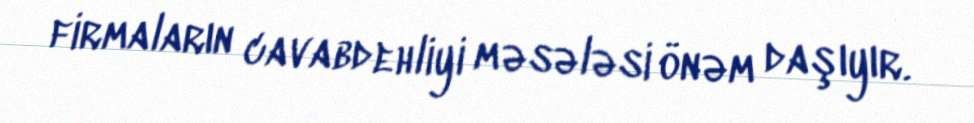
firmaların cavabdehliyi məsələsi önəm daşıyır.